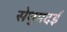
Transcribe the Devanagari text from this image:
सेथुमदई